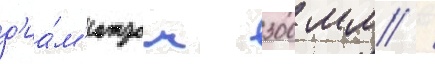
д'иа́м'етром 300 мм /